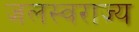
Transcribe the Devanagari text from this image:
जलस्वराज्य